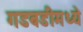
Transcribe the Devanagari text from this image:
गडबडीमध्ये